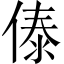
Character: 傣